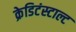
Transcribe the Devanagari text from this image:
क्रेडिटंस्टाल्ट